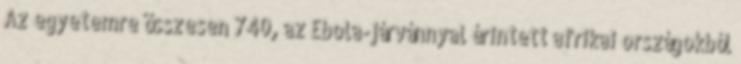
Az egyetemre összesen 740, az Ebola-járvánnyal érintett afrikai országokból